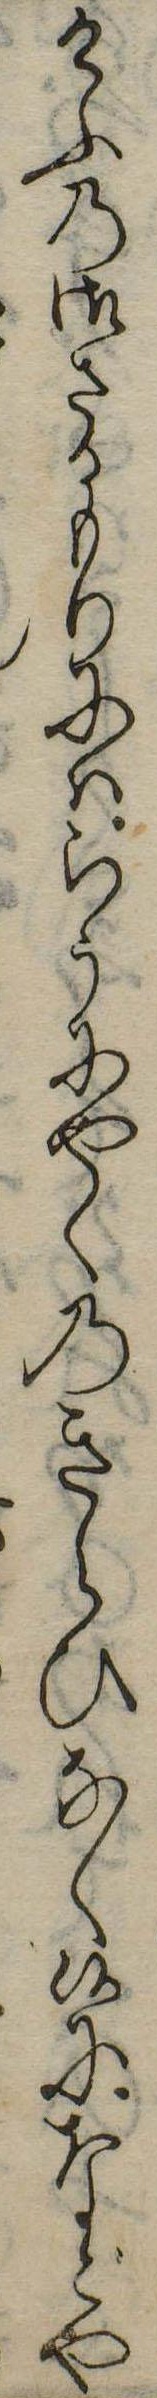
けふの御さかもりにはらうにやくのきらひなく候になどや